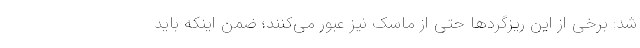
شد: برخی از این ریزگردها حتی از ماسک نیز عبور می‌کنند؛ ضمن اینکه باید